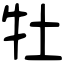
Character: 牡